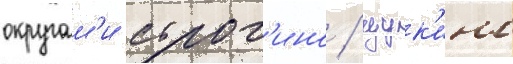
округам'и строг'ино / щук'ино